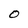
Character: O